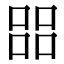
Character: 㗊